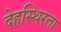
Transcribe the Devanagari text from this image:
देहस्थिरता